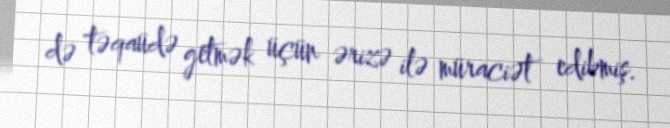
də təqaüdə getmək üçün ərizə ilə müraciət edibmiş.